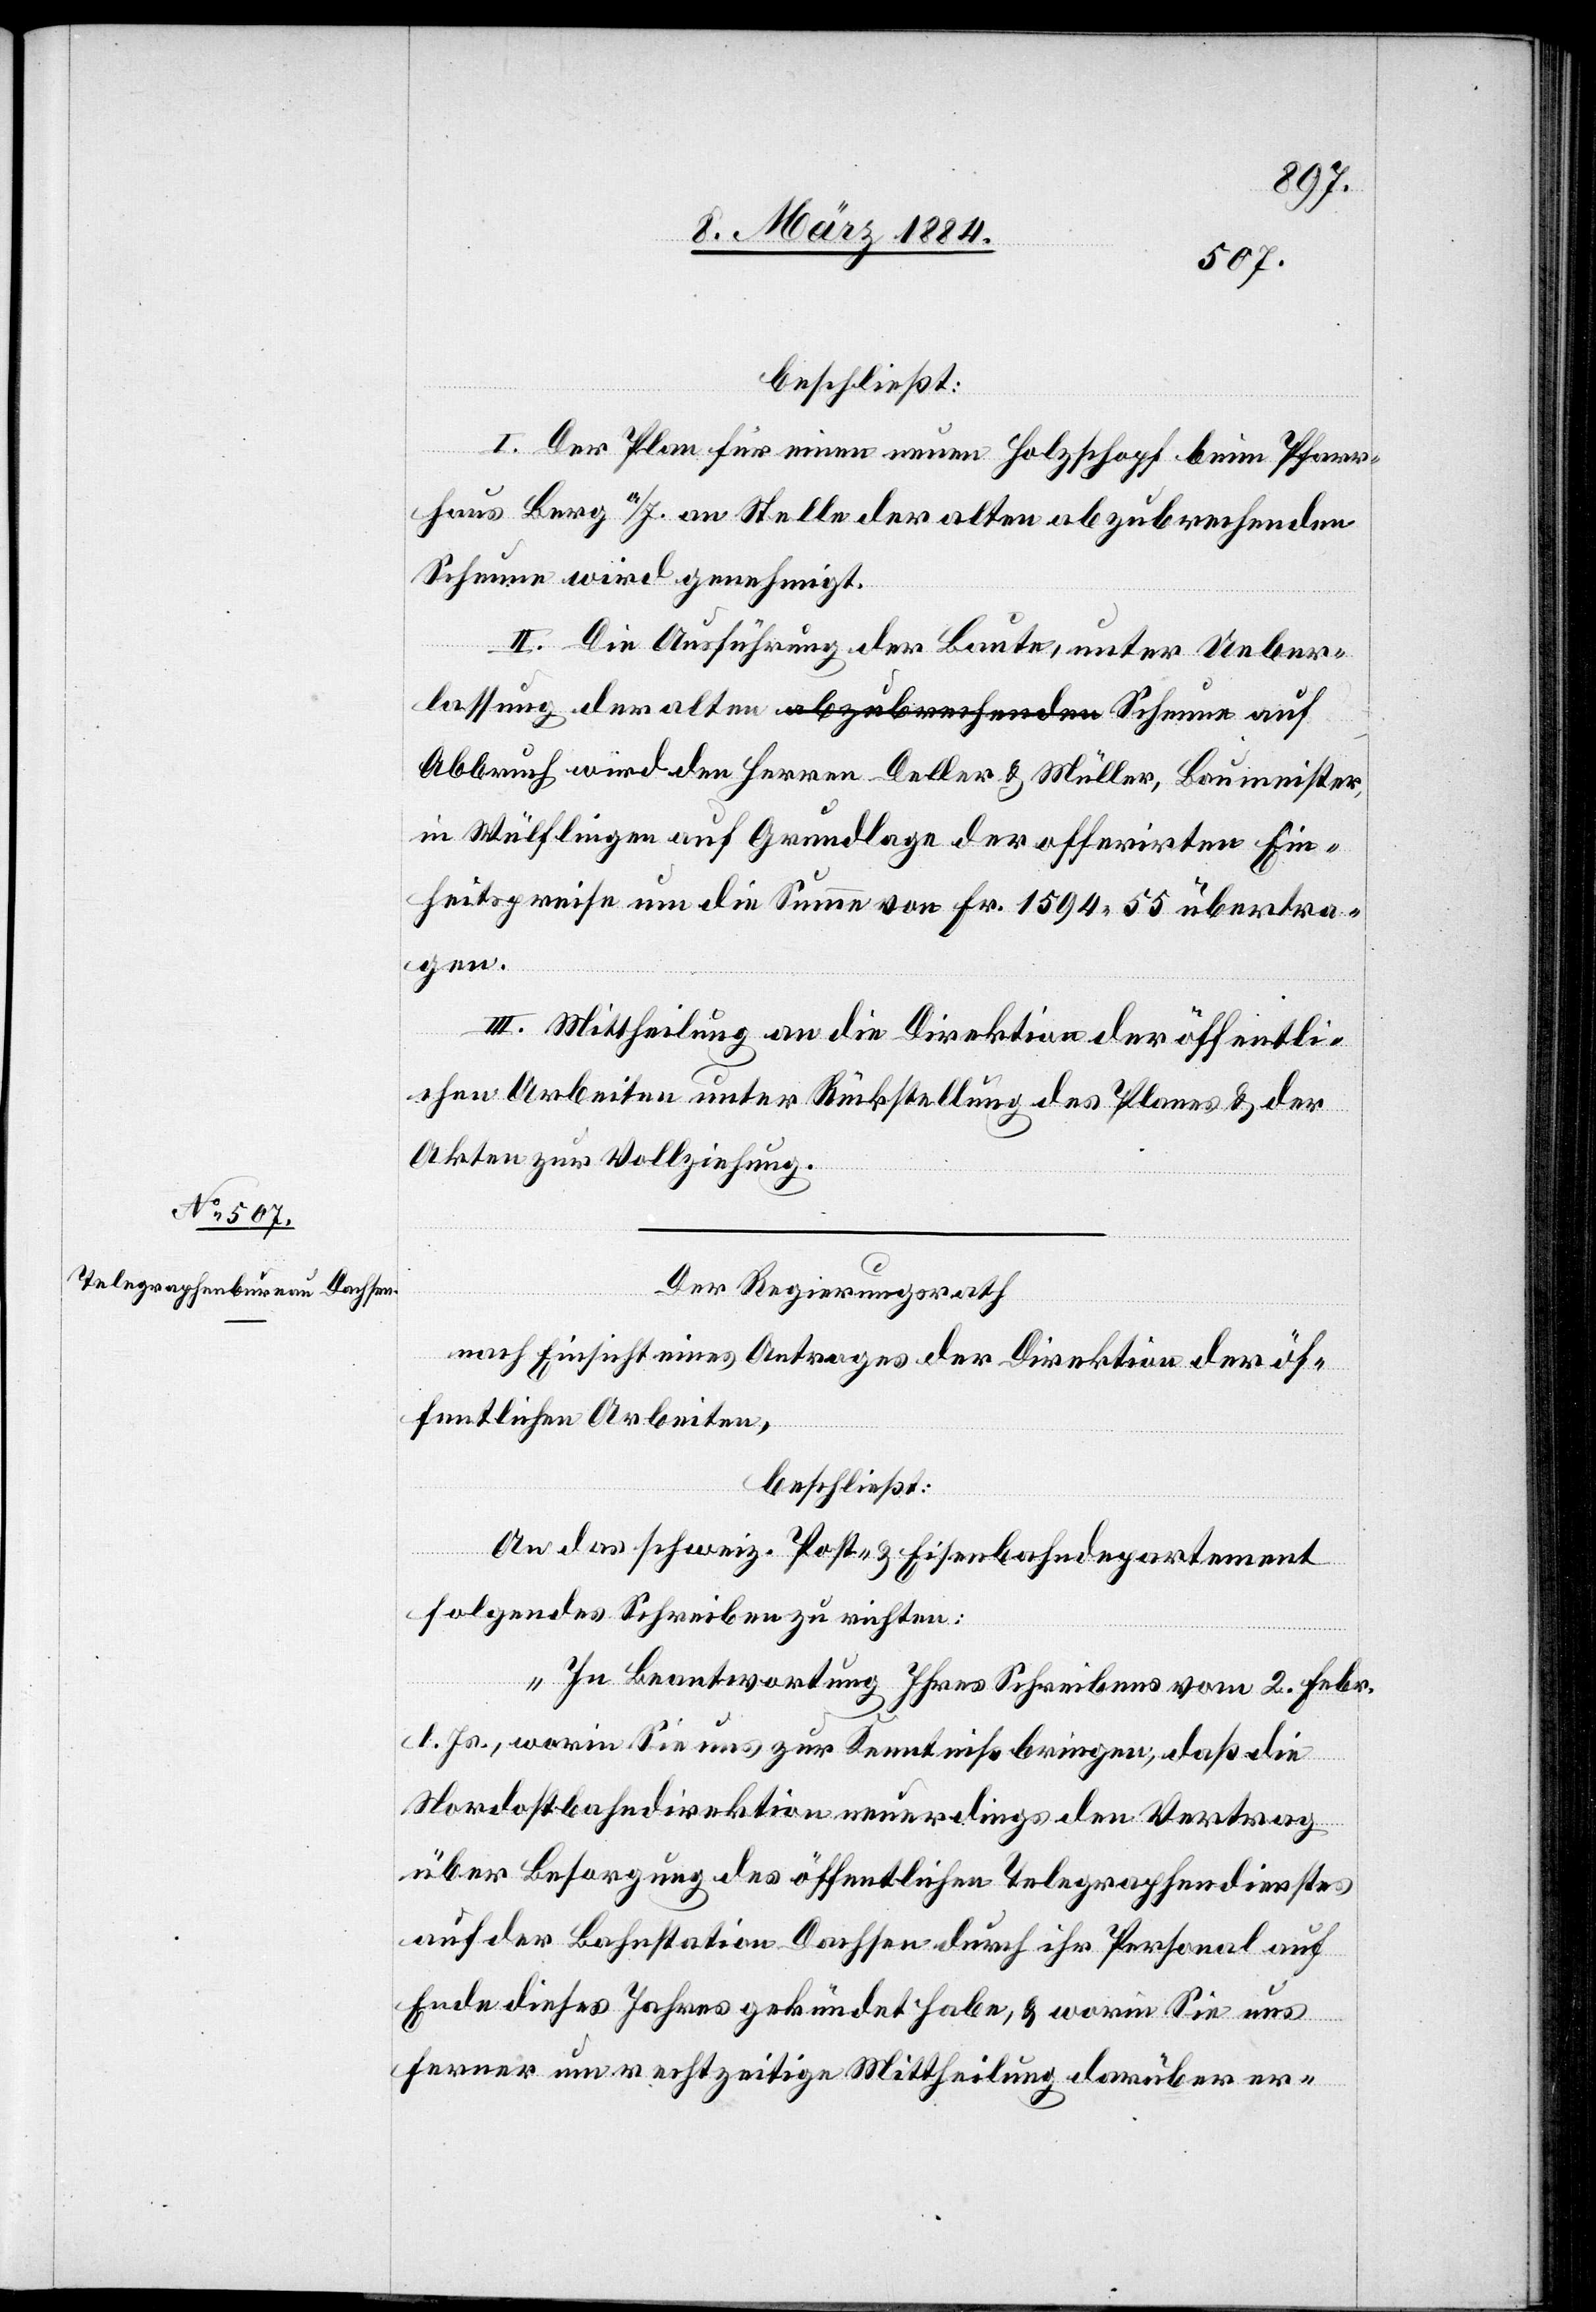
beschließt:
I. Der Plan für einen neuen Holzschopf beim Pfarr¬
haus Berg a/I. an Stelle der alten abzubrechenden
Scheune wird genehmigt.
II. Die Ausführung der Baute, unter Ueber¬
Abbruch wird den Herren Deller & Müller, Baumeister,
in Wülflingen, auf Grundlage der offerirten Ein¬
heitspreise um die Summe von Fr. 1594 55 übertra¬
gen.
III. Mittheilung an die Direktion der öffentli¬
chen Arbeiten unter Rückstellung des Planes & der
Akten zur Vollziehung.
Der Regierungsrath
nach Einsicht eines Antrages der Direktion der öf¬
fentlichen Arbeiten,
beschließt:
An das schweiz. Post- & Eisenbahndepartement
folgendes Schreiben zu richten:
auf
„In Beantwortung Ihres Schreibens vom 2. Febr.
d. Js., worin Sie uns zur Kenntniß bringen, daß die
Nordostbahndirektion neuerdings den Vertrag
über Besorgung des öffentlichen Telegraphendienstes
auf der Bahnstation Dachsen durch ihr Personal auf
Ende dieses Jahres gekündet habe, & worin Sie uns
ferner um rechtzeitige Mittheilung darüber er-